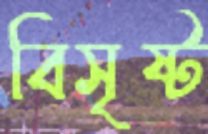
বিসৃষ্ট